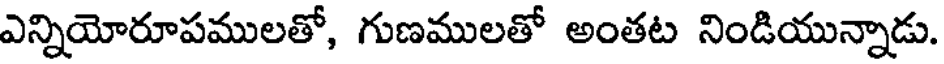
ఎన్నియోరూపములతో, గుణములతో అంతట నిండియున్నాడు.